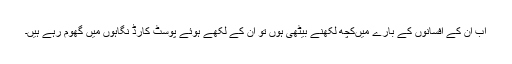
اب ان کے افسانوں کے بارے میںکچھ لکھنے بیٹھی ہوں تو ان کے لکھے ہوئے پوسٹ کارڈ نگاہوں میں گھوم رہے ہیں۔